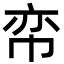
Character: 帟